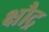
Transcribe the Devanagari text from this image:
क्षौद्र